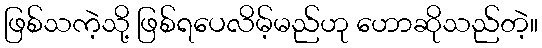
ဖြစ်သကဲ့သို့ ဖြစ်ရပေလိမ့်မည်ဟု ဟောဆိုသည်တဲ့။